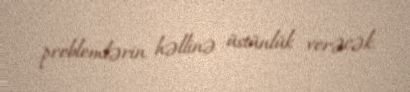
problemlərin həllinə üstünlük verəcək.